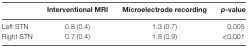
<table><thead><tr><td></td><td><b>Interventional MRI</b></td><td><b>Microelectrode recording</b></td><td><b><i>p</i>-value</b></td></tr></thead><tbody><tr><td>Left STN</td><td>0.8 (0.4)</td><td>1.3 (0.7)</td><td>0.005</td></tr><tr><td>Right STN</td><td>0.7 (0.4)</td><td>1.8 (0.9)</td><td>&lt;0.001</td></tr></tbody></table>